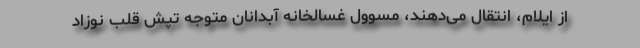
از ایلام، انتقال می‌دهند، مسوول‌ غسالخانه آبدانان متوجه تپش قلب نوزاد